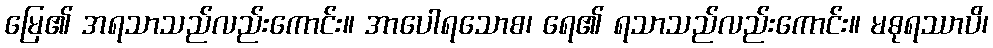
မြေ၏ အရသာသည်လည်းကောင်း။ အာပေါရသောစ၊ ရေ၏ ရသာသည်လည်းကောင်း။ မဓုရဿာပိ၊